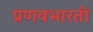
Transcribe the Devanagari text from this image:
प्रणवभारती